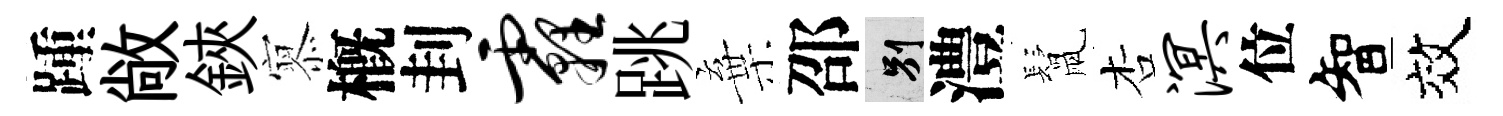
踵敞鋏𡪹槪刲霾跳棄邵别澧鬛杏溟位智效